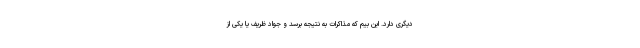
دیگری دارد. این بیم که مذاکرات به نتیجه برسد و جواد ظریف یا یکی از